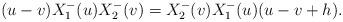
LaTeX: \begin{align*}(u-v)X_{1}^{-}(u)X_{2}^{-}(v)=X_{2}^{-}(v)X_{1}^{-}(u)(u-v+h).\end{align*}